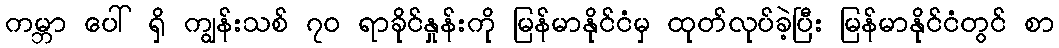
ကမ္ဘာ ပေါ် ရှိ ကျွန်းသစ် ၇၀ ရာခိုင်နှုန်းကို မြန်မာနိုင်ငံမှ ထုတ်လုပ်ခဲ့ပြီး မြန်မာနိုင်ငံတွင် စာ